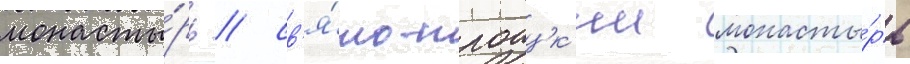
монасты́рь / св'я́то-троицк'ии монасты́рь